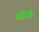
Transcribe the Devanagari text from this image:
अज़ेरियों